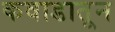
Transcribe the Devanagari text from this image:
कवाडातून